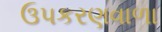
ઉપકરણવાળા